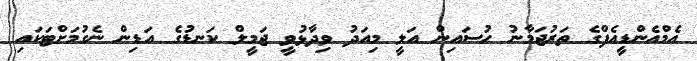
އެމްއެންޑީއެފްގެ ތަރުޖަމާނު ހުސައިން އަލީ މިއަދު ވިދާޅުވީ ޖަމީލް ކަނޑުގެ އަޑިން ނެގުމަށްޓަކައި